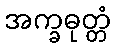
အက္ခဓုတ္တံ